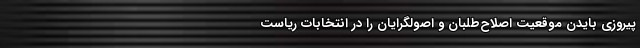
پیروزی بایدن موقعیت اصلاح‌طلبان و اصولگرایان را در انتخابات ریاست